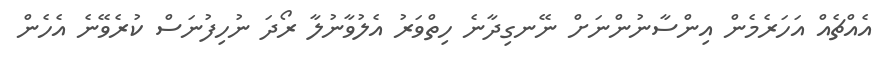
އެއްޗެއް އަހަރެމެން އިންސާނުންނަށް ނޭނގިދާނެ ހިތްްްވަރު އެލުވާނުލާ ރޯދަ ނުހިފުނަސް ކުރެވޭނެ އެހެން